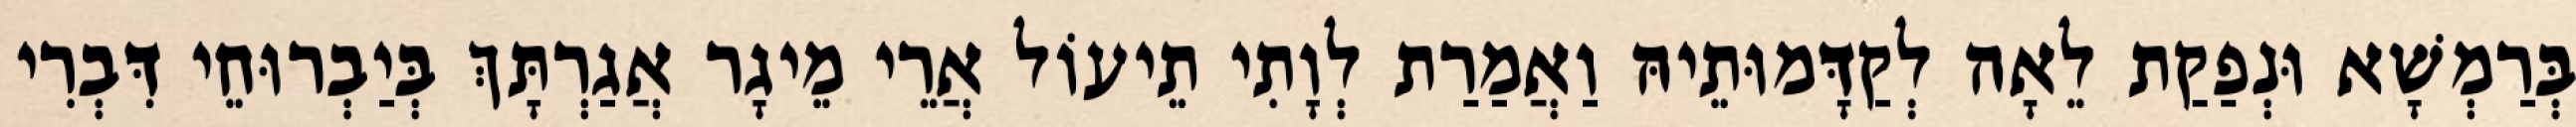
בְּרַמְשָׁא וּנְפַקַת לֵאָה לְקַדָּמוּתֵיהּ וַאֲמַרַת לְוָתִי תֵיעוֹל אֲרֵי מֵיגָר אֲגַרְתָּךְ בְּיַבְרוּחֵי דִּבְרִי